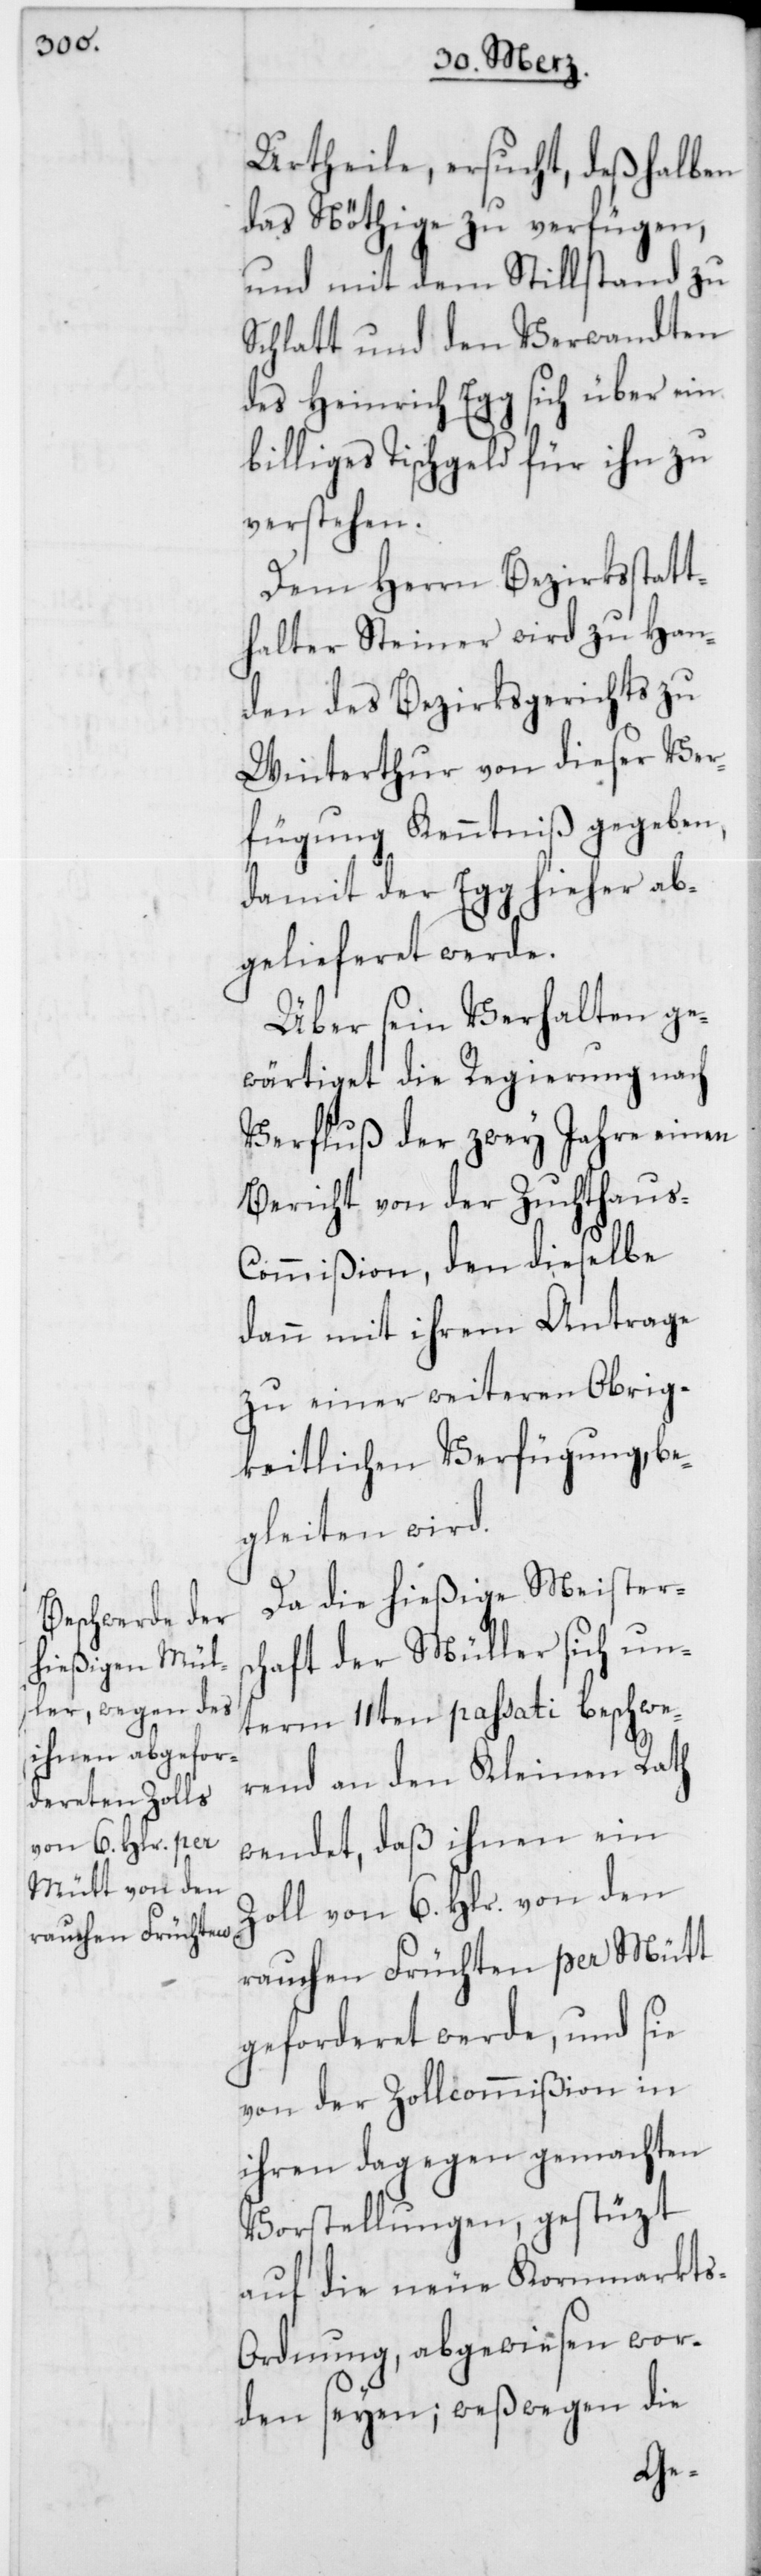
Urtheile ersucht, deßhalben
das Nöthige zu verfügen,
und mit dem Stillstand zu
Schlatt und den Verwandten
des Heinrich Egg sich über ein
billiges Tischgeld für ihn zu
verstehen.
Dem Herrn Bezirksstatt¬
halter Steiner wird zu Han¬
den des Bezirksgerichts zu
Winterthur von dieser Ver¬
fügung Kenntniß gegeben,
damit der Egg hieher ab¬
gelieferet werde.
Über sein Verhalten ge¬
wärtiget die Regierung nach
Verfluß der zwey Jahre einen
Bericht von der Zuchthaus-C¬
ommißion, den dieselbe
dann mit ihrem Antrage
zu einer weiteren Obrig¬
keitlichen Verfügung, be¬
gleiten wird.
Da die hießige Meisters¬
chaft der Müller sich un¬
term 11ten passati beschwe¬
rend an den Kleinen Rath
wendet, daß ihnen ein
Zoll von 6. Hlr. von den
rauhen Früchten per Mütt
geforderet werde, und sie
von der Zollcommißion in
ihren dagegen gemachten
Vorstellungen, gestüzt
auf die neue Kornmarkt¬
s-Ordnung, abgewiesen wor¬
den seyen; weßwegen die